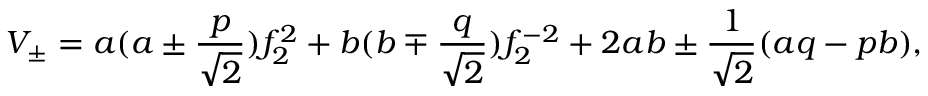
V _ { \pm } = a ( a \pm \frac { p } { \sqrt { 2 } } ) f _ { 2 } ^ { 2 } + b ( b \mp \frac { q } { \sqrt { 2 } } ) f _ { 2 } ^ { - 2 } + 2 a b \pm \frac { 1 } { \sqrt { 2 } } ( a q - p b ) ,